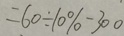
= 6 0 \div 1 0 \% - 3 0 0